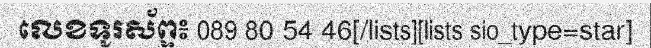
លេខទូរស័ព្ទ៖ 089 80 54 46[/lists][lists sio_type=star]